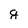
Character: g